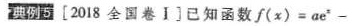
典例 5〔2018全国卷i]已知函数$$f ( x 〉 = a e ^ { 2 } -